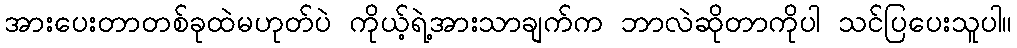
အားပေးတာတစ်ခုထဲမဟုတ်ပဲ ကိုယ့်ရဲ့အားသာချက်က ဘာလဲဆိုတာကိုပါ သင်ပြပေးသူပါ။